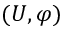
( U , \varphi )